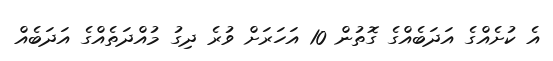
އެ ކުށެއްގެ އަދަބެއްގެ ގޮތުން 10 އަހަރަށް ވުރެ ދިގު މުއްދަތެއްގެ އަދަބެއް